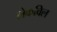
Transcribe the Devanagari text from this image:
लेकविल